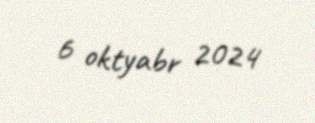
6 oktyabr 2024